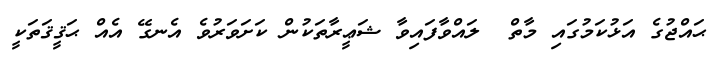
ޙައްޖުގެ އަޅުކަމުގައި މާތް  ލައްވާފައިވާ ޝަޢީރާތަކުން ކަށަވަރުވެ އެނގޭ އެއް ޙަޤީޤަތަކީ